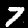
Label: 7